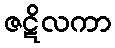
ဇဋိလကာ